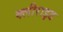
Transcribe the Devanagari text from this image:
क्लीराइड